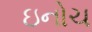
ઇનોચ